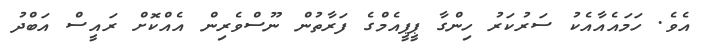
އެވެ. ހަމައެއާއެކު ސަރުކަރު ހިންގާ ޕީޕީއެމްގެ ފަރާތުން ނޫސްވެރިން އެއްކޮށް ރައީސް އަބްދު